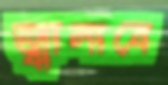
জ্বালাবে